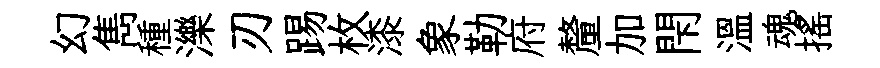
幻雋種濼刃踢枚漆象勒府釐加閇温魂揺